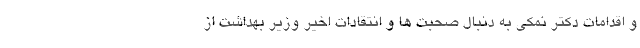
و اقدامات دکتر نمکی به دنبال صحبت ها و انتقادات اخیر وزیر بهداشت از